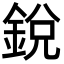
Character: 銳